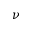
\nu